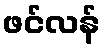
ဖင်လန်